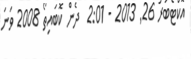
އޮކްޓޯބަރު 26